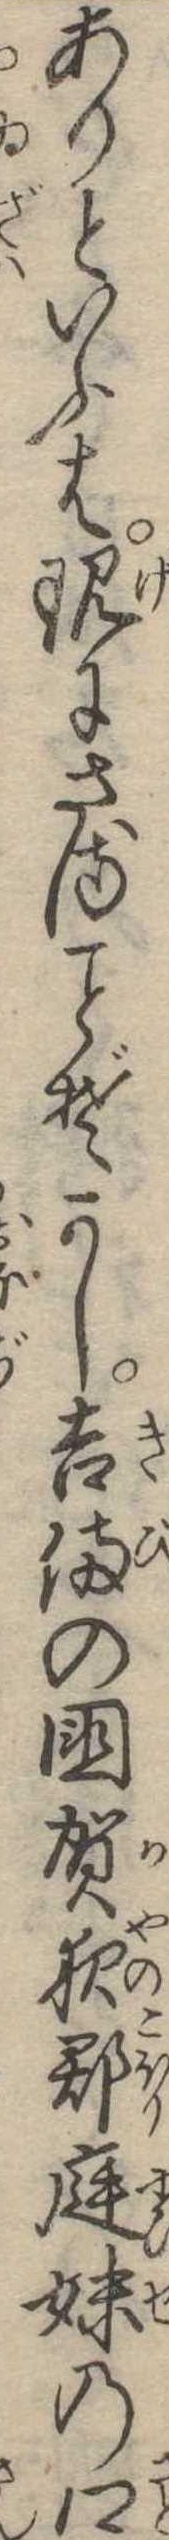
ありといふは現にさるぞかし吉備の国賀夜郡庭妹の郷